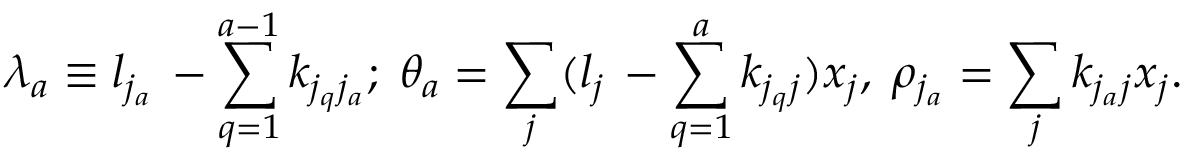
\lambda _ { a } \equiv l _ { j _ { a } } \, - \sum _ { q = 1 } ^ { a - 1 } k _ { j _ { q } j _ { a } } ; \; \theta _ { a } = \sum _ { j } ( l _ { j } \, - \sum _ { q = 1 } ^ { a } k _ { j _ { q } j } ) x _ { j } , \; \rho _ { j _ { a } } = \sum _ { j } k _ { j _ { a } j } x _ { j } .